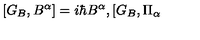
\lbrack G _ { B } , B ^ { \alpha } ] = i \hbar B ^ { \alpha } , [ G _ { B } , \Pi _ { \alpha }